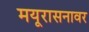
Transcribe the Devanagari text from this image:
मयूरासनावर